Vaccination in the Punjab 1919-1929 - 1919-1929
Year: 1919
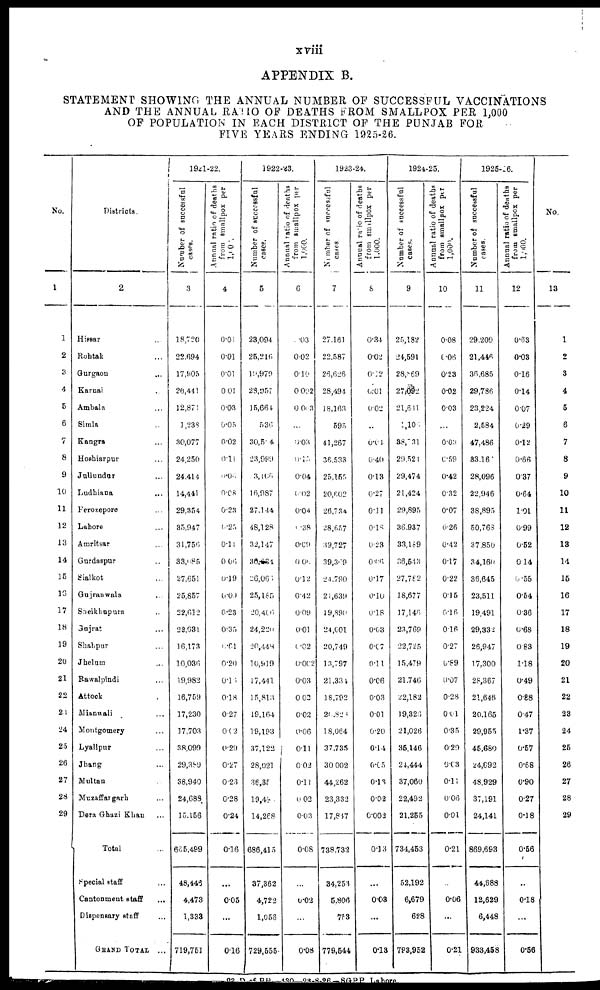
xviii
APPENDIX B.
STATEMENT SHOWlNG THE ANNUAL NUMBER OP SUCCESSFUL VACCINATIONS
AND THE ANNUAL RATIO OF DEATHS FROM SMALLPOX PER 1,000
OF POPULATION IN EACH DISTRICT OF THE PUNJAB FOR
FIVE YEARS ENDING 1925-26.
No.
1
1
2
3
4
5
6
7
8
9
10
11
12
13
14
15
13
17
18
19
20
21
22
23
24
25
26
27
28
29
Districts.
2
Hissar ...
Rohtak ...
Gurgaon ...
Karnai ...
Ambala ...
Simla ...
Kangra ...
Hoshiarpur
Jullundar ...
Ludhiana
...
Ferozepore ...
Lahore
Amritsar ...
Gurdaspur ...
Sialkot ...
Gujranwala ...
Sheikhnpura ...
Gujrat ...
Shahpur ...
Jhelum ...
Rawalpindi ...
Attock ...
Mianwali ...
Montgomery ...
Lyallpur ...
Jhang ...
Multan ...
Muzaffargarh ...
Pera Ghazi Khan ...
Total ...
Special staff ...
Cantonment staff ...
Dispensary staff ...
GRAND TOTAL ...
1921-22.
Number of successful
cases.
3
18,720
22,694
17,905
26,441
12,871
1,238
30,077
24,250
24,414
14,441
29,354
35,947
31,756
33,085
27,651
25,857
22,612
22,031
16,173
10,036
19,982
16,759
17,230
17,703
38,099
29,389
38,940
24,688
15,156
665,499
48,446
4,473
1,333
719,751
Annual ratio of deaths
from smallpox per
1,000.
4
0.01
0.01
0.01
0.01
0.03
0.05
0.02
0.11
0.06
0.08
0.23
0.25
0.11
0.06
0.19
0.09
0.23
0.35
0.61
0.20
0.16
0.18
0.27
0.02
0.29
0.27
0.23
0.28
0.24
0.16
...
0.05
...
0.16
1922-23.
Number of successful
cases.
5
23,094
25,216
19,979
28,957
15,664
536
30,504
23,999
3,106
16,987
27,144
48,128
32,147
36,234
26,066
25,185
20,406
24,220
20,448
10,919
17,441
15,813
19,164
19,193
37,122
28,021
36,35
19,49
14,268
686,415
37,362
4,722
1,056
729,555
Annual ratio of deaths
from
smallpox
per
1,000.
6
0.03
0.02
0.10
0.002
0.003
...
0.03
0.15
0.04
0.02
0.04
0.38
0.09
0.06
0.12
0.42
0.09
0.01
0.02
0.002
0.03
0.02
0.02
0.06
0.11
0.02
0.11
0.02
0.03
0.08
...
0.02
...
0.08
1923-24.
Number of successful
cases.
7
27,161
22,587
26,626
28,494
18,163
595
41,267
36,533
25,155
20,602
26,734
28,657
39,727
39,369
24,790
21,639
19,890
24,001
20,749
13,797
21,334
18,792
23,826
18,064
37,735
30,002
44,262
23,332
17,847
738,732
34,253
5,806
763
779,544
Annual ratio of deaths
from smallpox per
1,000.
8
0.34
0.02
0.12
0.01
0.02
..
0.04
0.40
0.13
0.27
0.11
0.18
0.23
0.06
0.17
0.10
0.18
0.03
0.07
0.11
0.06
0.03
0.01
0.20
0.14
0.05
0.13
0.02
0.002
0.13
0.03
...
0.13
1924-25.
Number of successful
cases.
9
25,182
24,591
28,869
27,092
21,641
1,104
38,731
29,524
29,474
21,424
29,895
36,937
33,189
36,543
27,782
18,677
17,146
23,769
22,725
15,479
21,746
22,182
19,326
21,026
36,146
24,444
37,060
22,492
21,255
734,453
52,192
6,679
628
793,952
Annual ratio of deaths
from smallpox per
1,000.
10
0.08
0.06
0.23
0.02
0.03
...
0.03
0.59
0.42
0.32
0.07
0.26
0.42
0.17
0.22
0.15
0.16
0.16
0.27
0.89
0.07
0.28
0.01
0.35
0.29
0.03
0.11
0.06
0.01
0.21
...
0.06
...
0.21
1925-26.
Number of successful
cases.
11
29,209
21,446
36,685
29,786
23,224
2,584
47,486
33.16
28,096
22,946
38,895
50,763
37,850
34,160
36,645
23,511
19,491
29,332
26,947
17,300
28,367
21,646
20,165
29,955
45,680
24,092
48,929
37,191
24,141
869,693
44,688
12,629
6,448
933,458
Annual ratio of deaths
from
smallpox
per
1,000.
12
0.63
0.03
0.16
0.14
0.07
0.29
0.12
0.66
0.37
0.64
1.01
0.99
0.52
0.14
0.55
0.54
0.36
0.68
0.83
1.18
0.49
0.88
0.47
1.37
0.57
0.68
0.90
0.27
0.18
0.56
...
0.18
...
0.56
No.
13
1
2
3
4
5
6
7
8
9
10
11
12
13
14
15
16
17
18
19
20
21
22
23
24
26
26
27
28
29
23 D of BH—430—2-3-8-26—SGPP Lahore.